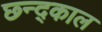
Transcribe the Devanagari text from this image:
छ्न्द्काल